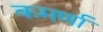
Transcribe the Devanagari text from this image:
कमर्णा